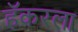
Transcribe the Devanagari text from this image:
हॅकरला